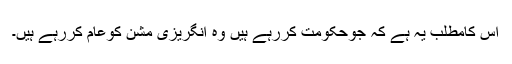
اس کامطلب یہ ہے کہ جوحکومت کررہے ہیں وہ انگریزی مشن کوعام کررہے ہیں۔